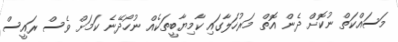
މަސައްކަތް ނުކޮށް ދެން އޮތް މަރުހަލާގައި ކާމިޔާބީތަކެއް ނުހޯދޭނެ ކަމަށް ވެސް ރައީސް